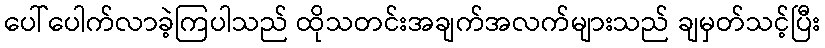
ပေါ်ပေါက်လာခဲ့ကြပါသည် ထိုသတင်းအချက်အလက်များသည် ချမှတ်သင့်ပြီး